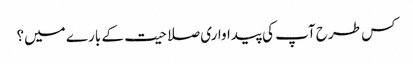
کس طرح آپ کی پیداواری صلاحیت کے بارے میں؟